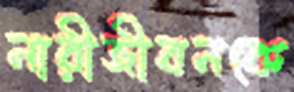
নারীজীবনকে